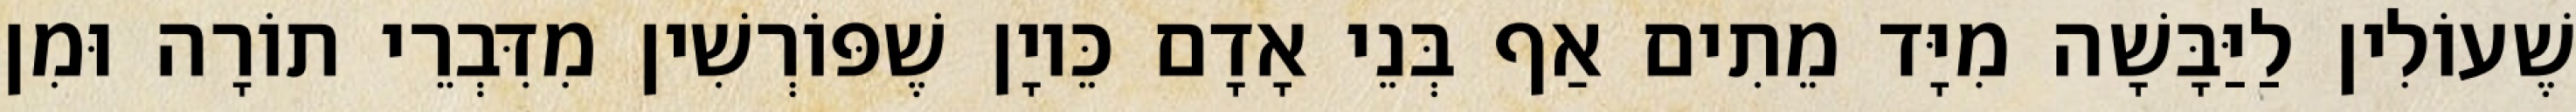
שֶׁעוֹלִין לַיַּבָּשָׁה מִיָּד מֵתִים אַף בְּנֵי אָדָם כֵּיוָן שֶׁפּוֹרְשִׁין מִדִּבְרֵי תוֹרָה וּמִן